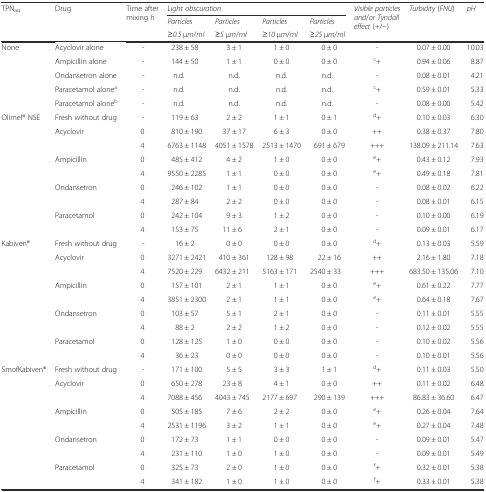
<table><thead><tr><td rowspan="3"><b>TPN<sub>aq</sub></b></td><td rowspan="3"><b>Drug</b></td><td rowspan="3"><b>Time after mixing <i>h</i></b></td><td colspan="4"><b><i>Light obscuration</i></b></td><td rowspan="3"><b><i>Visible particles and</i>/<i>or Tyndall effect</i> (+/−)</b></td><td rowspan="3"><b><i>Turbidity</i> (<i>FNU</i>)</b></td><td rowspan="3"><b><i>pH</i></b></td></tr><tr><td><b><i>Particles</i></b></td><td><b><i>Particles</i></b></td><td><b><i>Particles</i></b></td><td><b><i>Particles</i></b></td></tr><tr><td><b>≥<i>0.5</i> μ<i>m</i>/<i>ml</i></b></td><td><b>≥<i>5</i> μ<i>m</i>/<i>ml</i></b></td><td><b>≥<i>10</i> μ<i>m</i>/<i>ml</i></b></td><td><b>≥<i>25</i> μ<i>m</i>/<i>ml</i></b></td></tr></thead><tbody><tr><td rowspan="5">None</td><td>Acyclovir alone</td><td>-</td><td>238 ± 58</td><td>3 ± 1</td><td>1 ± 0</td><td>0 ± 0</td><td>-</td><td>0.07 ± 0.00</td><td>10.03</td></tr><tr><td>Ampicillin alone</td><td>-</td><td>144 ± 50</td><td>1 ± 1</td><td>0 ± 0</td><td>0 ± 0</td><td><sup>c</sup>+</td><td>0.94 ± 0.06</td><td>8.87</td></tr><tr><td>Ondansetron alone</td><td>-</td><td>n.d.</td><td>n.d.</td><td>n.d.</td><td>n.d.</td><td>-</td><td>0.08 ± 0.01</td><td>4.21</td></tr><tr><td>Paracetamol alone<sup>a</sup></td><td>-</td><td>n.d.</td><td>n.d.</td><td>n.d.</td><td>n.d.</td><td><sup>c</sup>+</td><td>0.59 ± 0.01</td><td>5.33</td></tr><tr><td>Paracetamol alone<sup>b</sup></td><td>-</td><td>n.d.</td><td>n.d.</td><td>n.d.</td><td>n.d.</td><td>-</td><td>0.08 ± 0.00</td><td>5.42</td></tr><tr><td rowspan="9">Olimel® N5E</td><td>Fresh without drug</td><td>-</td><td>119 ± 63</td><td>2 ± 2</td><td>1 ± 1</td><td>0 ± 1</td><td><sup>d</sup>+</td><td>0.10 ± 0.03</td><td>6.30</td></tr><tr><td rowspan="2">Acyclovir</td><td>0</td><td>810 ± 190</td><td>37 ± 17</td><td>6 ± 3</td><td>0 ± 0</td><td>++</td><td>0.38 ± 0.37</td><td>7.80</td></tr><tr><td>4</td><td>6763 ± 1148</td><td>4051 ± 1578</td><td>2513 ± 1470</td><td>691 ± 679</td><td>+++</td><td>138.09 ± 211.14</td><td>7.63</td></tr><tr><td rowspan="2">Ampicillin</td><td>0</td><td>485 ± 412</td><td>4 ± 2</td><td>1 ± 0</td><td>0 ± 0</td><td><sup>e</sup>+</td><td>0.43 ± 0.12</td><td>7.93</td></tr><tr><td>4</td><td>9550 ± 2285</td><td>1 ± 1</td><td>0 ± 0</td><td>0 ± 0</td><td><sup>e</sup>+</td><td>0.49 ± 0.18</td><td>7.81</td></tr><tr><td rowspan="2">Ondansetron</td><td>0</td><td>246 ± 102</td><td>1 ± 1</td><td>0 ± 0</td><td>0 ± 0</td><td>-</td><td>0.08 ± 0.02</td><td>6.22</td></tr><tr><td>4</td><td>287 ± 84</td><td>2 ± 2</td><td>0 ± 0</td><td>0 ± 0</td><td>-</td><td>0.08 ± 0.01</td><td>6.15</td></tr><tr><td rowspan="2">Paracetamol</td><td>0</td><td>242 ± 104</td><td>9 ± 3</td><td>1 ± 2</td><td>0 ± 0</td><td>-</td><td>0.10 ± 0.00</td><td>6.19</td></tr><tr><td>4</td><td>153 ± 75</td><td>11 ± 6</td><td>2 ± 1</td><td>0 ± 0</td><td>-</td><td>0.09 ± 0.01</td><td>6.17</td></tr><tr><td rowspan="9">Kabiven®</td><td>Fresh without drug</td><td>-</td><td>16 ± 2</td><td>0 ± 0</td><td>0 ± 0</td><td>0 ± 0</td><td><sup>d</sup>+</td><td>0.13 ± 0.03</td><td>5.59</td></tr><tr><td rowspan="2">Acyclovir</td><td>0</td><td>3271 ± 2421</td><td>410 ± 361</td><td>128 ± 98</td><td>22 ± 16</td><td>++</td><td>2.16 ± 1.80</td><td>7.18</td></tr><tr><td>4</td><td>7520 ± 229</td><td>6432 ± 211</td><td>5163 ± 171</td><td>2540 ± 33</td><td>+++</td><td>683.50 ± 135.06</td><td>7.10</td></tr><tr><td rowspan="2">Ampicillin</td><td>0</td><td>157 ± 101</td><td>2 ± 1</td><td>1 ± 1</td><td>0 ± 0</td><td><sup>e</sup>+</td><td>0.61 ± 0.22</td><td>7.77</td></tr><tr><td>4</td><td>3851 ± 2300</td><td>2 ± 1</td><td>1 ± 1</td><td>0 ± 0</td><td><sup>e</sup>+</td><td>0.64 ± 0.18</td><td>7.67</td></tr><tr><td rowspan="2">Ondansetron</td><td>0</td><td>103 ± 57</td><td>5 ± 1</td><td>2 ± 1</td><td>0 ± 0</td><td>-</td><td>0.11 ± 0.01</td><td>5.55</td></tr><tr><td>4</td><td>88 ± 2</td><td>2 ± 2</td><td>1 ± 2</td><td>0 ± 0</td><td>-</td><td>0.12 ± 0.02</td><td>5.55</td></tr><tr><td rowspan="2">Paracetamol</td><td>0</td><td>128 ± 125</td><td>1 ± 0</td><td>0 ± 0</td><td>0 ± 0</td><td>-</td><td>0.10 ± 0.02</td><td>5.56</td></tr><tr><td>4</td><td>36 ± 23</td><td>0 ± 0</td><td>0 ± 0</td><td>0 ± 0</td><td>-</td><td>0.10 ± 0.01</td><td>5.56</td></tr><tr><td rowspan="9">SmofKabiven®</td><td>Fresh without drug</td><td>-</td><td>171 ± 100</td><td>5 ± 5</td><td>3 ± 3</td><td>1 ± 1</td><td><sup>d</sup>+</td><td>0.11 ± 0.03</td><td>5.50</td></tr><tr><td rowspan="2">Acyclovir</td><td>0</td><td>650 ± 278</td><td>23 ± 8</td><td>4 ± 1</td><td>0 ± 0</td><td>++</td><td>0.11 ± 0.02</td><td>6.48</td></tr><tr><td>4</td><td>7088 ± 456</td><td>4043 ± 745</td><td>2177 ± 697</td><td>290 ± 139</td><td>+++</td><td>86.83 ± 36.60</td><td>6.47</td></tr><tr><td rowspan="2">Ampicillin</td><td>0</td><td>505 ± 185</td><td>7 ± 6</td><td>2 ± 2</td><td>0 ± 0</td><td><sup>e</sup>+</td><td>0.26 ± 0.04</td><td>7.64</td></tr><tr><td>4</td><td>2531 ± 1196</td><td>3 ± 2</td><td>1 ± 1</td><td>0 ± 0</td><td><sup>e</sup>+</td><td>0.27 ± 0.04</td><td>7.48</td></tr><tr><td rowspan="2">Ondansetron</td><td>0</td><td>172 ± 73</td><td>1 ± 1</td><td>0 ± 0</td><td>0 ± 0</td><td>-</td><td>0.09 ± 0.01</td><td>5.47</td></tr><tr><td>4</td><td>231 ± 110</td><td>1 ± 0</td><td>1 ± 0</td><td>0 ± 0</td><td>-</td><td>0.09 ± 0.01</td><td>5.49</td></tr><tr><td rowspan="2">Paracetamol</td><td>0</td><td>325 ± 73</td><td>2 ± 0</td><td>1 ± 0</td><td>0 ± 0</td><td><sup>f</sup>+</td><td>0.32 ± 0.01</td><td>5.38</td></tr><tr><td>4</td><td>341 ± 182</td><td>1 ± 0</td><td>1 ± 0</td><td>0 ± 0</td><td><sup>f</sup>+</td><td>0.33 ± 0.01</td><td>5.38</td></tr></tbody></table>